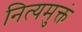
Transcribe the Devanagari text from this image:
नित्यमुक्तं